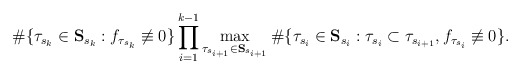
\begin{align*} \#\{\tau_{s_k}\in{\bf{S}}_{s_k}:f_{\tau_{s_k}}\not\equiv 0\}\prod_{i=1}^{k-1}\max_{\tau_{s_{i+1}}\in{\bf{S}}_{s_{i+1}}}\#\{\tau_{s_i}\in{\bf{S}}_{s_i}:\tau_{s_i}\subset\tau_{s_{i+1}},f_{\tau_{s_i}}\not\equiv 0\}. \end{align*}